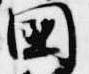
国